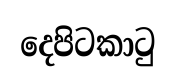
දෙපිටකාටු